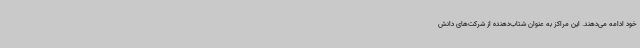
خود ادامه می‌دهند. این مراکز به عنوان شتاب‌دهنده از شرکت‌های دانش